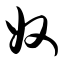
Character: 奴